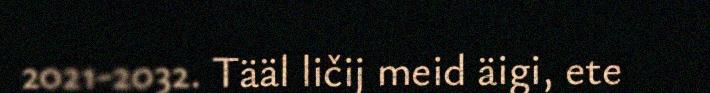
2021-2032. Tääl ličij meid äigi, ete